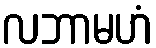
လဘာမဟံ